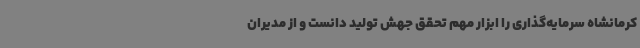
کرمانشاه سرمایه‌گذاری را ابزار مهم تحقق جهش تولید دانست و از مدیران